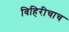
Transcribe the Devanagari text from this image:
विहिरीचाच